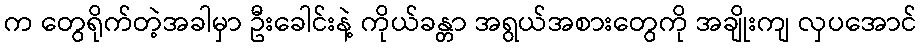
က တွေရိုက်တဲ့အခါမှာ ဦးခေါင်းနဲ့ ကိုယ်ခန္တာ အရွယ်အစားတွေကို အချိုးကျ လှပအောင်